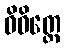
ဝိဝိတ္တေ